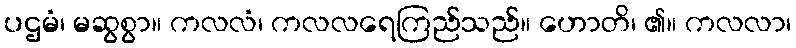
ပဌမံ၊ မဆွစွာ။ ကလလံ၊ ကလလရေကြည်သည်။ ဟောတိ၊ ၏။ ကလလာ၊